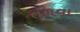
તળવા